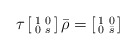
\begin{align*}\tau \left[\begin{smallmatrix}1 & 0\\0 & s\end{smallmatrix}\right]\bar\rho=\left[\begin{smallmatrix}1 & 0\\0 & \bar s\end{smallmatrix}\right]\end{align*}